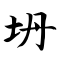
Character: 坍